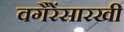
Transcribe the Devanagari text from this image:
वगैरेंसारखी